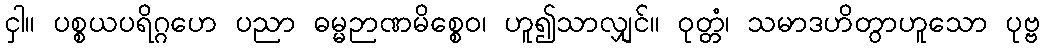
ငှါ။ ပစ္စယပရိဂ္ဂဟေ ပညာ ဓမ္မဉာဏမိစ္စေဝ၊ ဟူ၍သာလျှင်။ ဝုတ္တံ၊ သမာဒဟိတွာဟူသော ပုဗ္ဗ